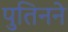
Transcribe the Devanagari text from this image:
पुतिनने